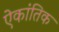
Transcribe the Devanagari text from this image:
ऐकांतिक